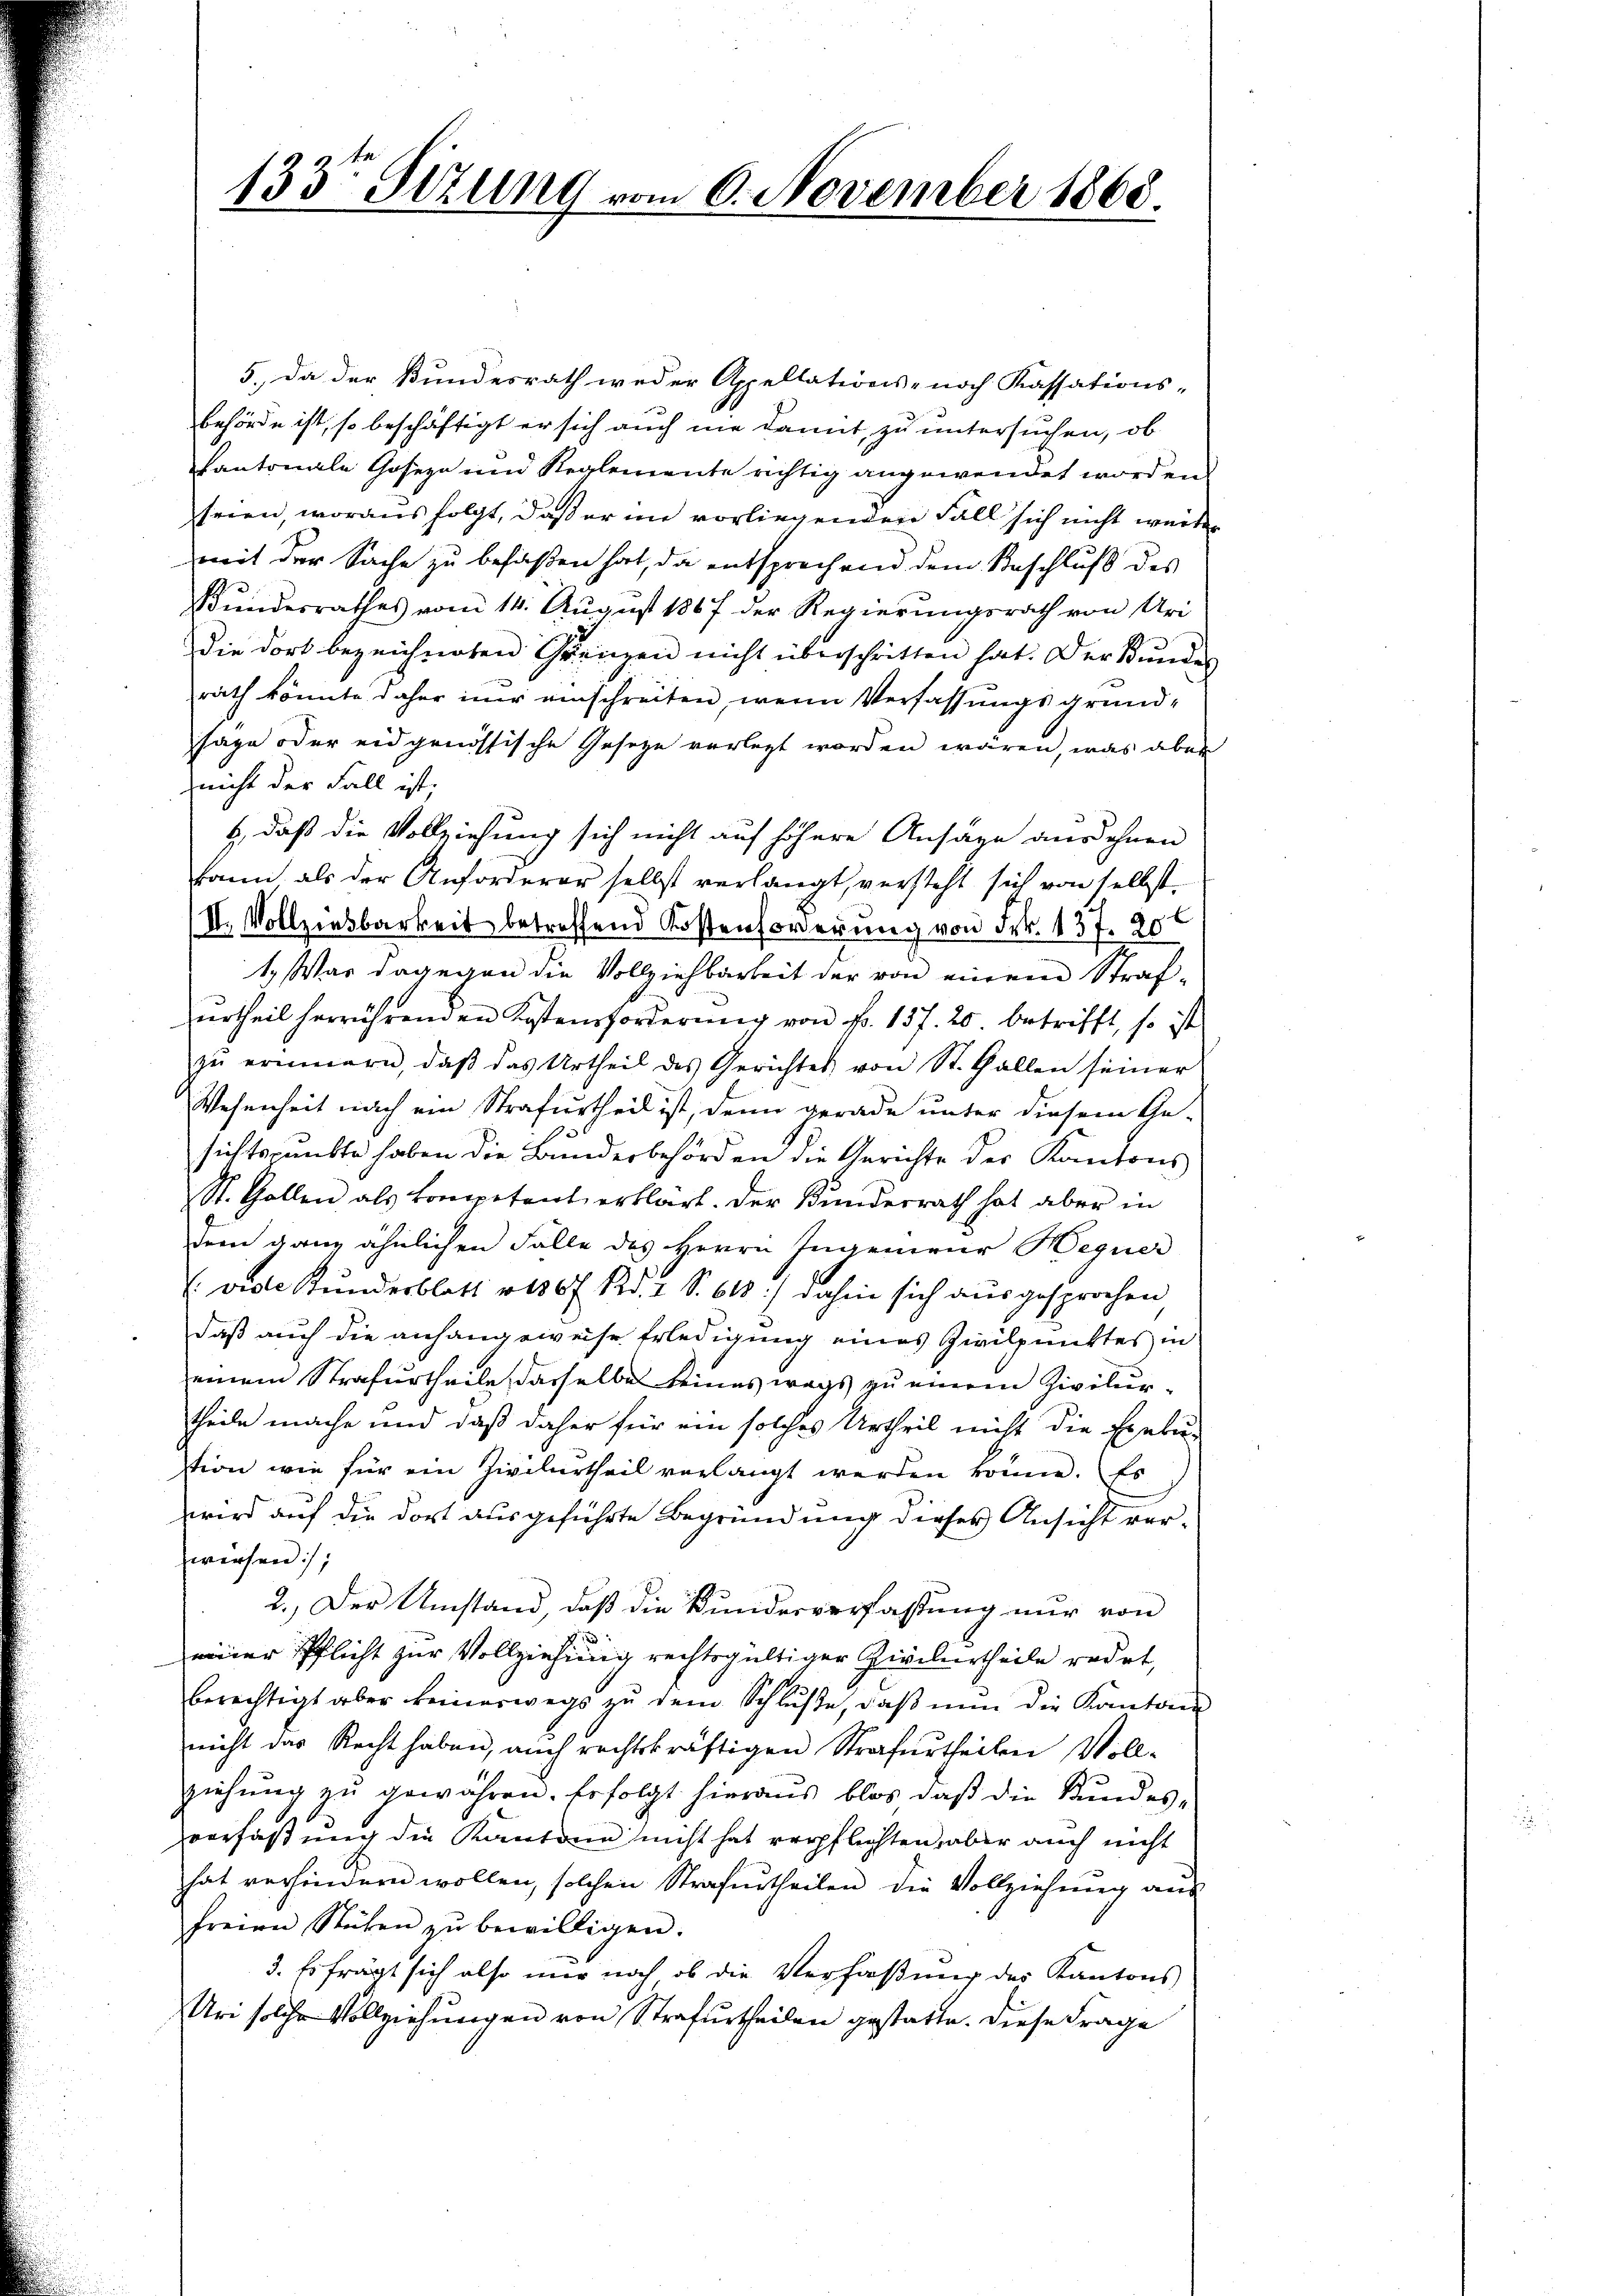
133 Stzung vom 6. November 1868.

5.) Da der Bundesrath weder Appellations- noch Kassations-
behörde ist, so beschäftigt er sich auch nie damit, zu untersuchen, ob
Pantonale Goseze und Reglemente richtig angewendet worden,
teien, woraus folgt, daß er im vorliegenden Fall sich nicht weiter
mit der Sache zu befaßen hat, da entsprechend dem Beschluß des
Bundesrathes vom 14. August 1867 der Regierungsrath von Uri
die dort bezeichneten Grenzen nicht überschritten hat. Der Bundes
rath könnte daher iner einschreiten, wenn Verfassungsgrund-
sage oder eidgenössische Gesetze vorlegt worden wären, was aber
nicht der Fall ist.
b, daß die Vollziehung sich nicht auf höhere Ansage aus ohnen
kann als der Anforderer selbst verlangt, versteht sich von selbst,
II. Vollziesbarkeit betreffend Kostenforderung von Frk. 137. 20
1. Was dagegen die Vollziehbarkeit der von einem Strafŭrtheil herrührenden Kostenforderŭng von Fr. 137. 20 betrifft, so ist
zŭ erinnern, daβ das Urtheil des Gerichtes von St. Gallen seiner
Wesenheit nach ein Strafurtheil ist, denn gerade unter diesem Ge-
sichtspunkte haben die Bundesbehörden die Gerichte der Kantons
St. Gallen als kompetent erklärt. Der Bunderrath hat aber in
dem ganz ähnlichen Fälle des Herrn Ingenieur Hegner
: viele Kundesblatt v. 136 f. Red. 2 S. 618) dahin sich aŭsgesprochen
daß auch die anhangeweise Erledigung eines Zivilpunktes in
einem Strafurtheile, dasselbe keines wegs zu einem Zivilurtheile mache und daß daher für ein solches Urtheil nicht die Exeku-
stion wie für ein Zivilurtheil verlangt werden könne. Es
wird auf die dort ausgeführte Begründung dieses Ansicht verwiesen,
2.) Der Umstand, daß die Bundesverfassung nur von
einer Pflicht zur Vollziehung rechtsgültiger Civilurtheile redet,
berechtigt aber keinerwegs zŭ dem Schlŭβe, daβ nŭn die Kantone
nicht das Recht haben, auch rechtskräftigen Strafurtheilen Voll-
ziehung zu gewähren. Erfolgt hieraus blos daß die Bundes-
verfaßung die Kantone nicht hat verpflichten, aber auch nicht
hat verhindern wollen, solchen Strafurtheilen die Vollziehung aus
freien Stüken zŭ bewilligen.
3. Es frägt sich also nur noch, ob die Verfaßung des Kantons
Ur solche Vollziehungen von Strafurtheilen gestatte. Diese Frage